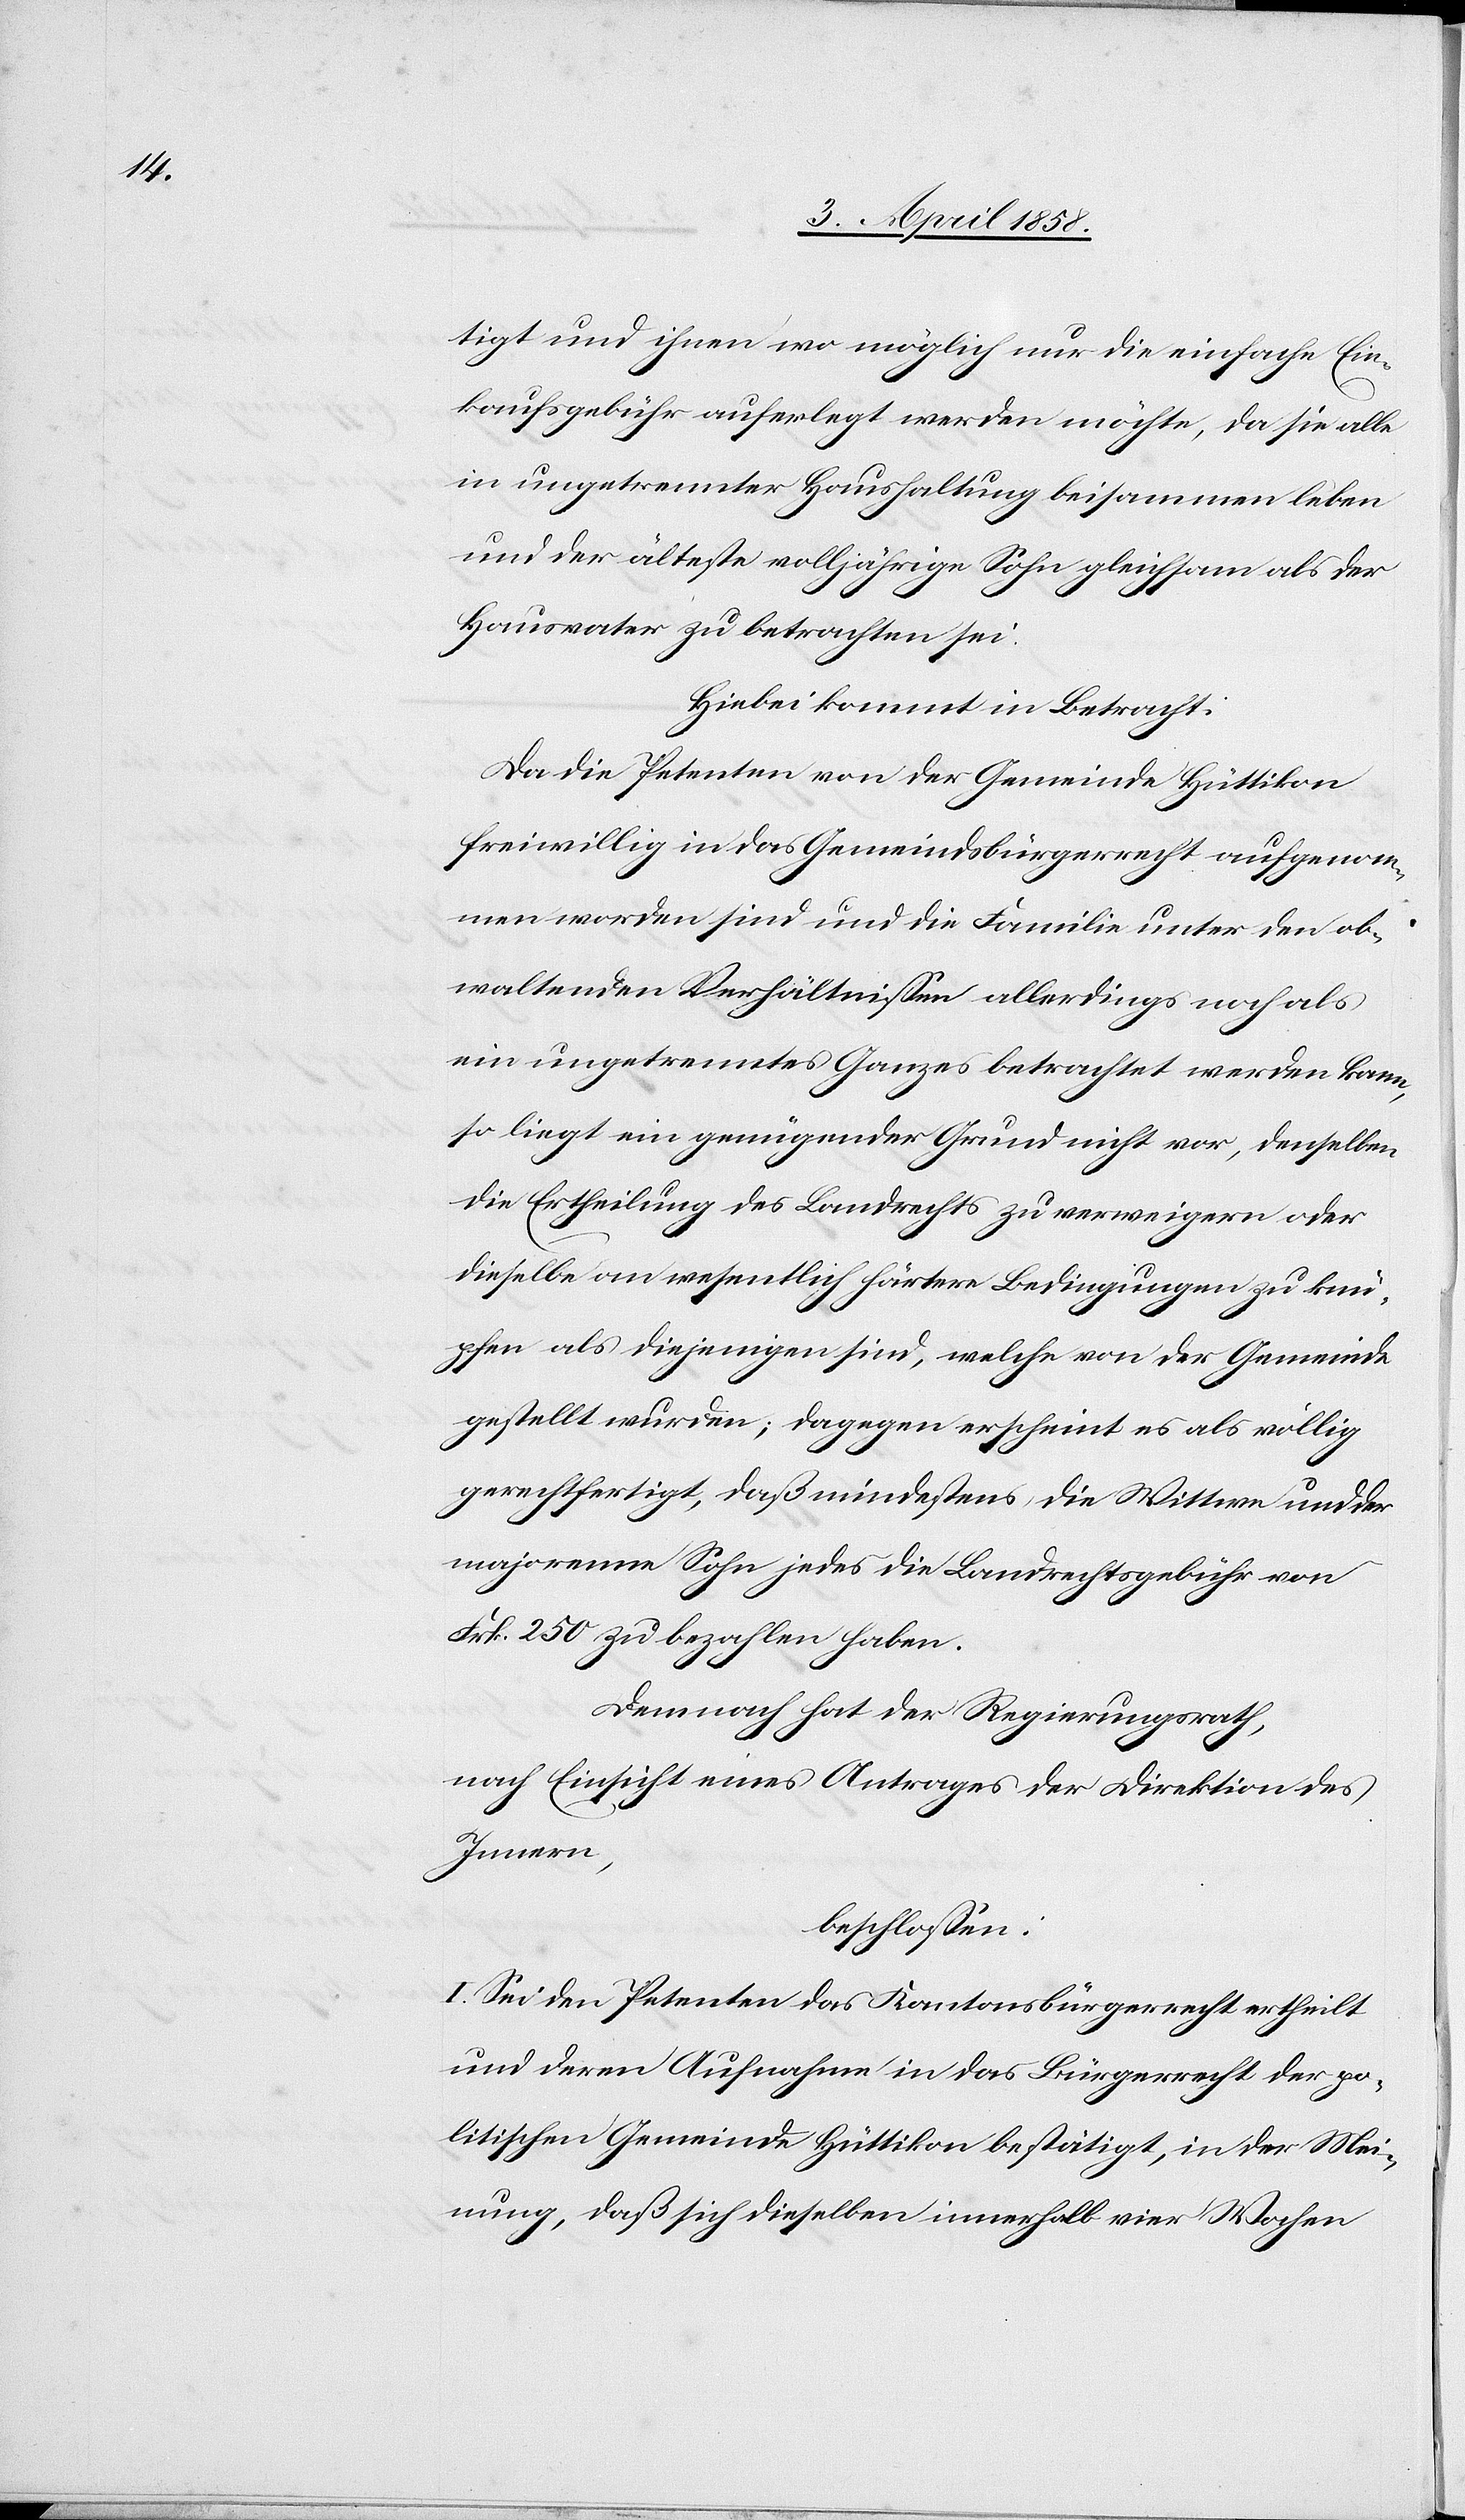
tigt und ihnen wo möglich nur die einfache Ein¬
kaufsgebühr auferlegt werden möchte, da sie alle
in ungetrennter Haushaltung beisammen leben
und der älteste volljährige Sohn gleichsam als der
Hausvater zu betrachten sei.
Hiebei kommt in Betracht:
Da die Petenten von der Gemeinde Hüttikon
freiwillig in das Gemeindsbürgerrecht aufgenom¬
men worden sind und die Familie unter den ob¬
waltenden Verhältnissen allerdings noch als
ein ungetrenntes Ganzes betrachtet werden kann,
so liegt ein genügender Grund nicht vor, denselben
die Ertheilung des Landrechts zu verweigern oder
dieselben an wesentlich härtere Bedingungen zu knü¬
pfen als diejenigen sind, welche von der Gemeinde
gestellt wurden; dagegen erscheint es als völlig
gerechtfertigt, daß mindestens die Wittwe und der
majorenne Sohn jedes die Landrechtsgebühr von
Frk. 250 zu bezahlen haben.
Demnach hat der Regierungsrath,
nach Einsicht eines Antrages der Direktion des
Innern,
beschlossen:
I. Sei den Petenten das Kantonsbürgerrecht ertheilt
und deren Aufnahme in das Bürgerrecht der po¬
litischen Gemeinde Hüttikon bestätigt, in der Mei¬
nung, daß sich dieselben innerhalb vier Wochen